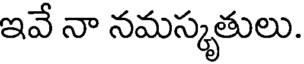
ఇవే నా నమస్కృతులు.